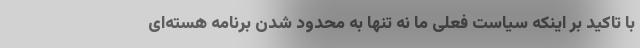
با تاکید بر اینکه سیاست فعلی ما نه تنها به محدود شدن برنامه هسته‌ای